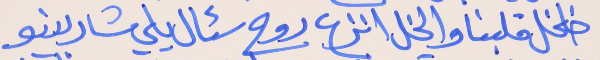
خلخل قلبنا والخل انزع     روح سئال يلي شاربينو